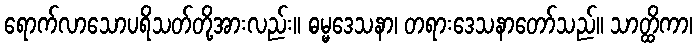
ရောက်လာသောပရိသတ်တို့အားလည်း။ ဓမ္မဒေသနာ၊ တရားဒေသနာတော်သည်။ သာတ္ထိကာ၊